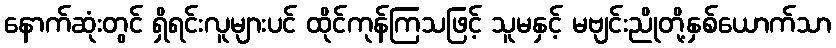
နောက်ဆုံးတွင် ရှိရင်းလူများပင် ထိုင်ကုန်ကြသဖြင့် သူမနှင့် မဗျင်းညိုတို့နှစ်ယောက်သာ